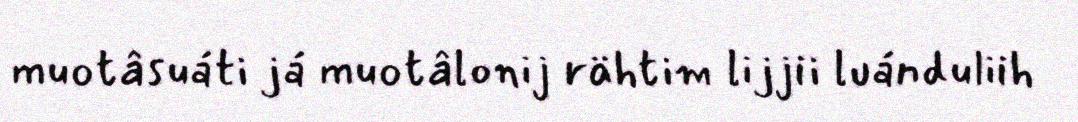
muotâsuáti já muotâlonij rähtim lijjii luánduliih